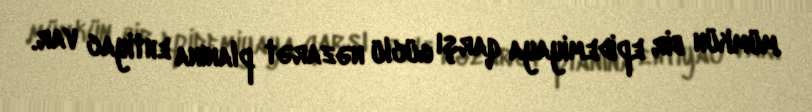
mümkün bir epidemiyaya qarşı güclü nəzarət planına ehtiyac var.